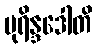
ပုရိန္ဒဒေါတိ